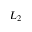
L _ { 2 }